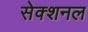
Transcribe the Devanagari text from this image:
सेक्शनल